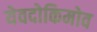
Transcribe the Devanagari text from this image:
येवदोकिमोव